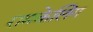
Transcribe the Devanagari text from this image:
रामकेलिंग